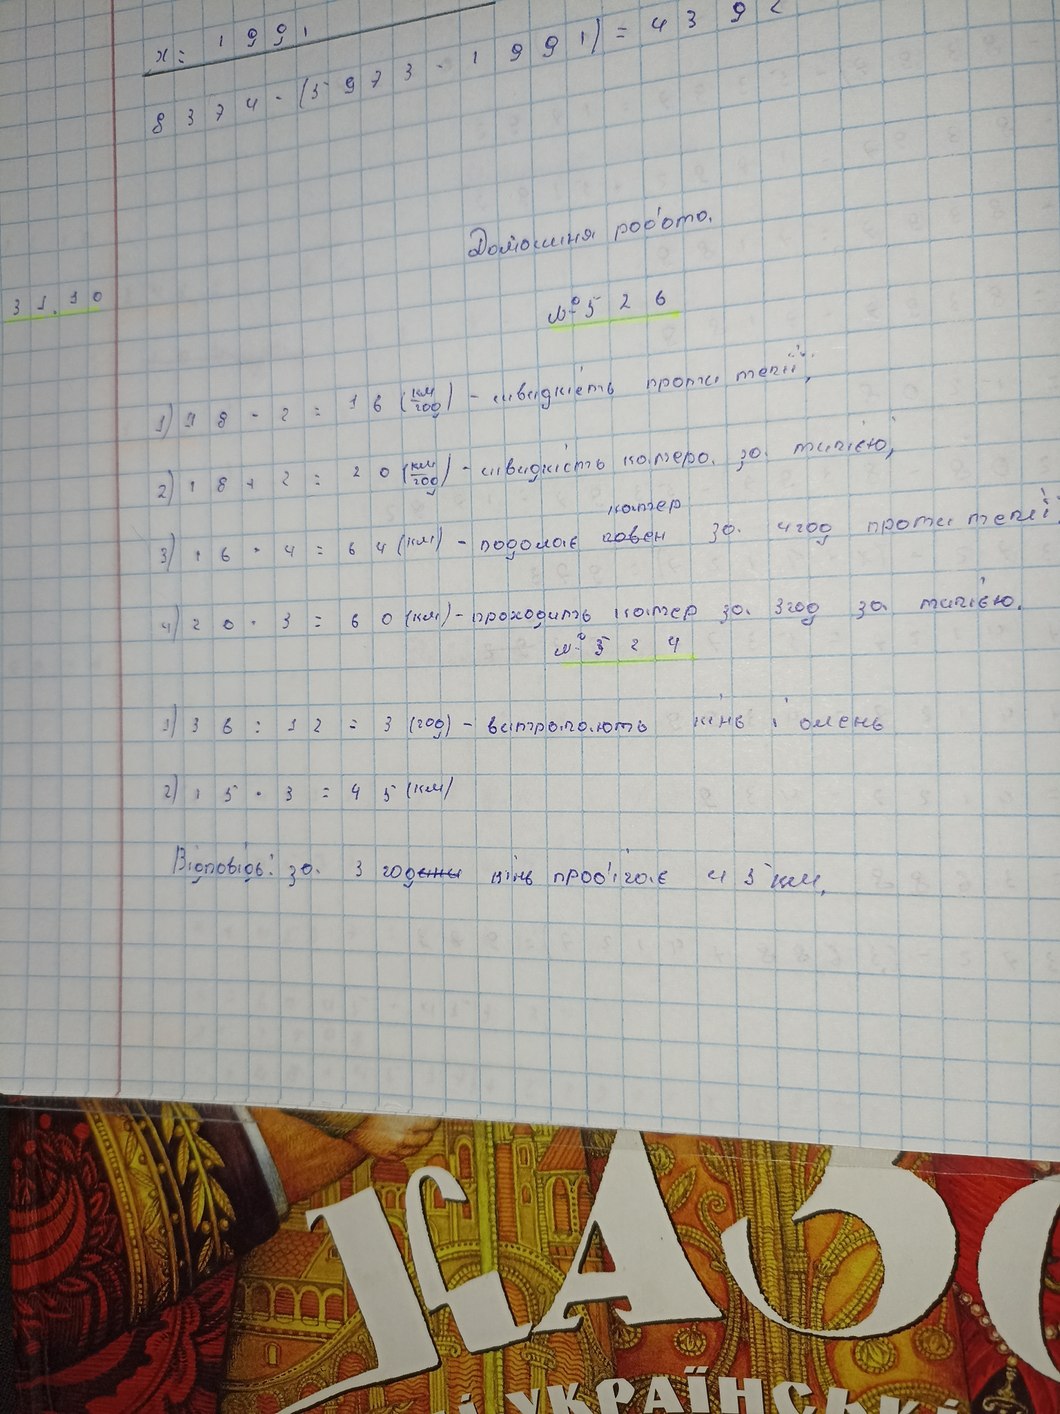
x = 1 9 9 1 ) = 4 3 9 2
8374 * (5973 * 1991) =439
Домашня робота.
№ 526
1) 18 - 2 = 16 (км/год) - швидкість проти течії
2) 18 + 2 = 20 (км/год) - швидкість катера за течією,
3) 16 * 4 = 64 (км) - подолає човен{катер} за 4 год проти течії
4) 20 · 3 = 60 (км) - проходить катер за 3 год за течією.
№ 524
1) 36 : 12 = 3 (год) - витрачають кінь і олень
2) 15 · 3 = 45 (км)
Відповідь: за 3 години кінь пробігає 45 км.